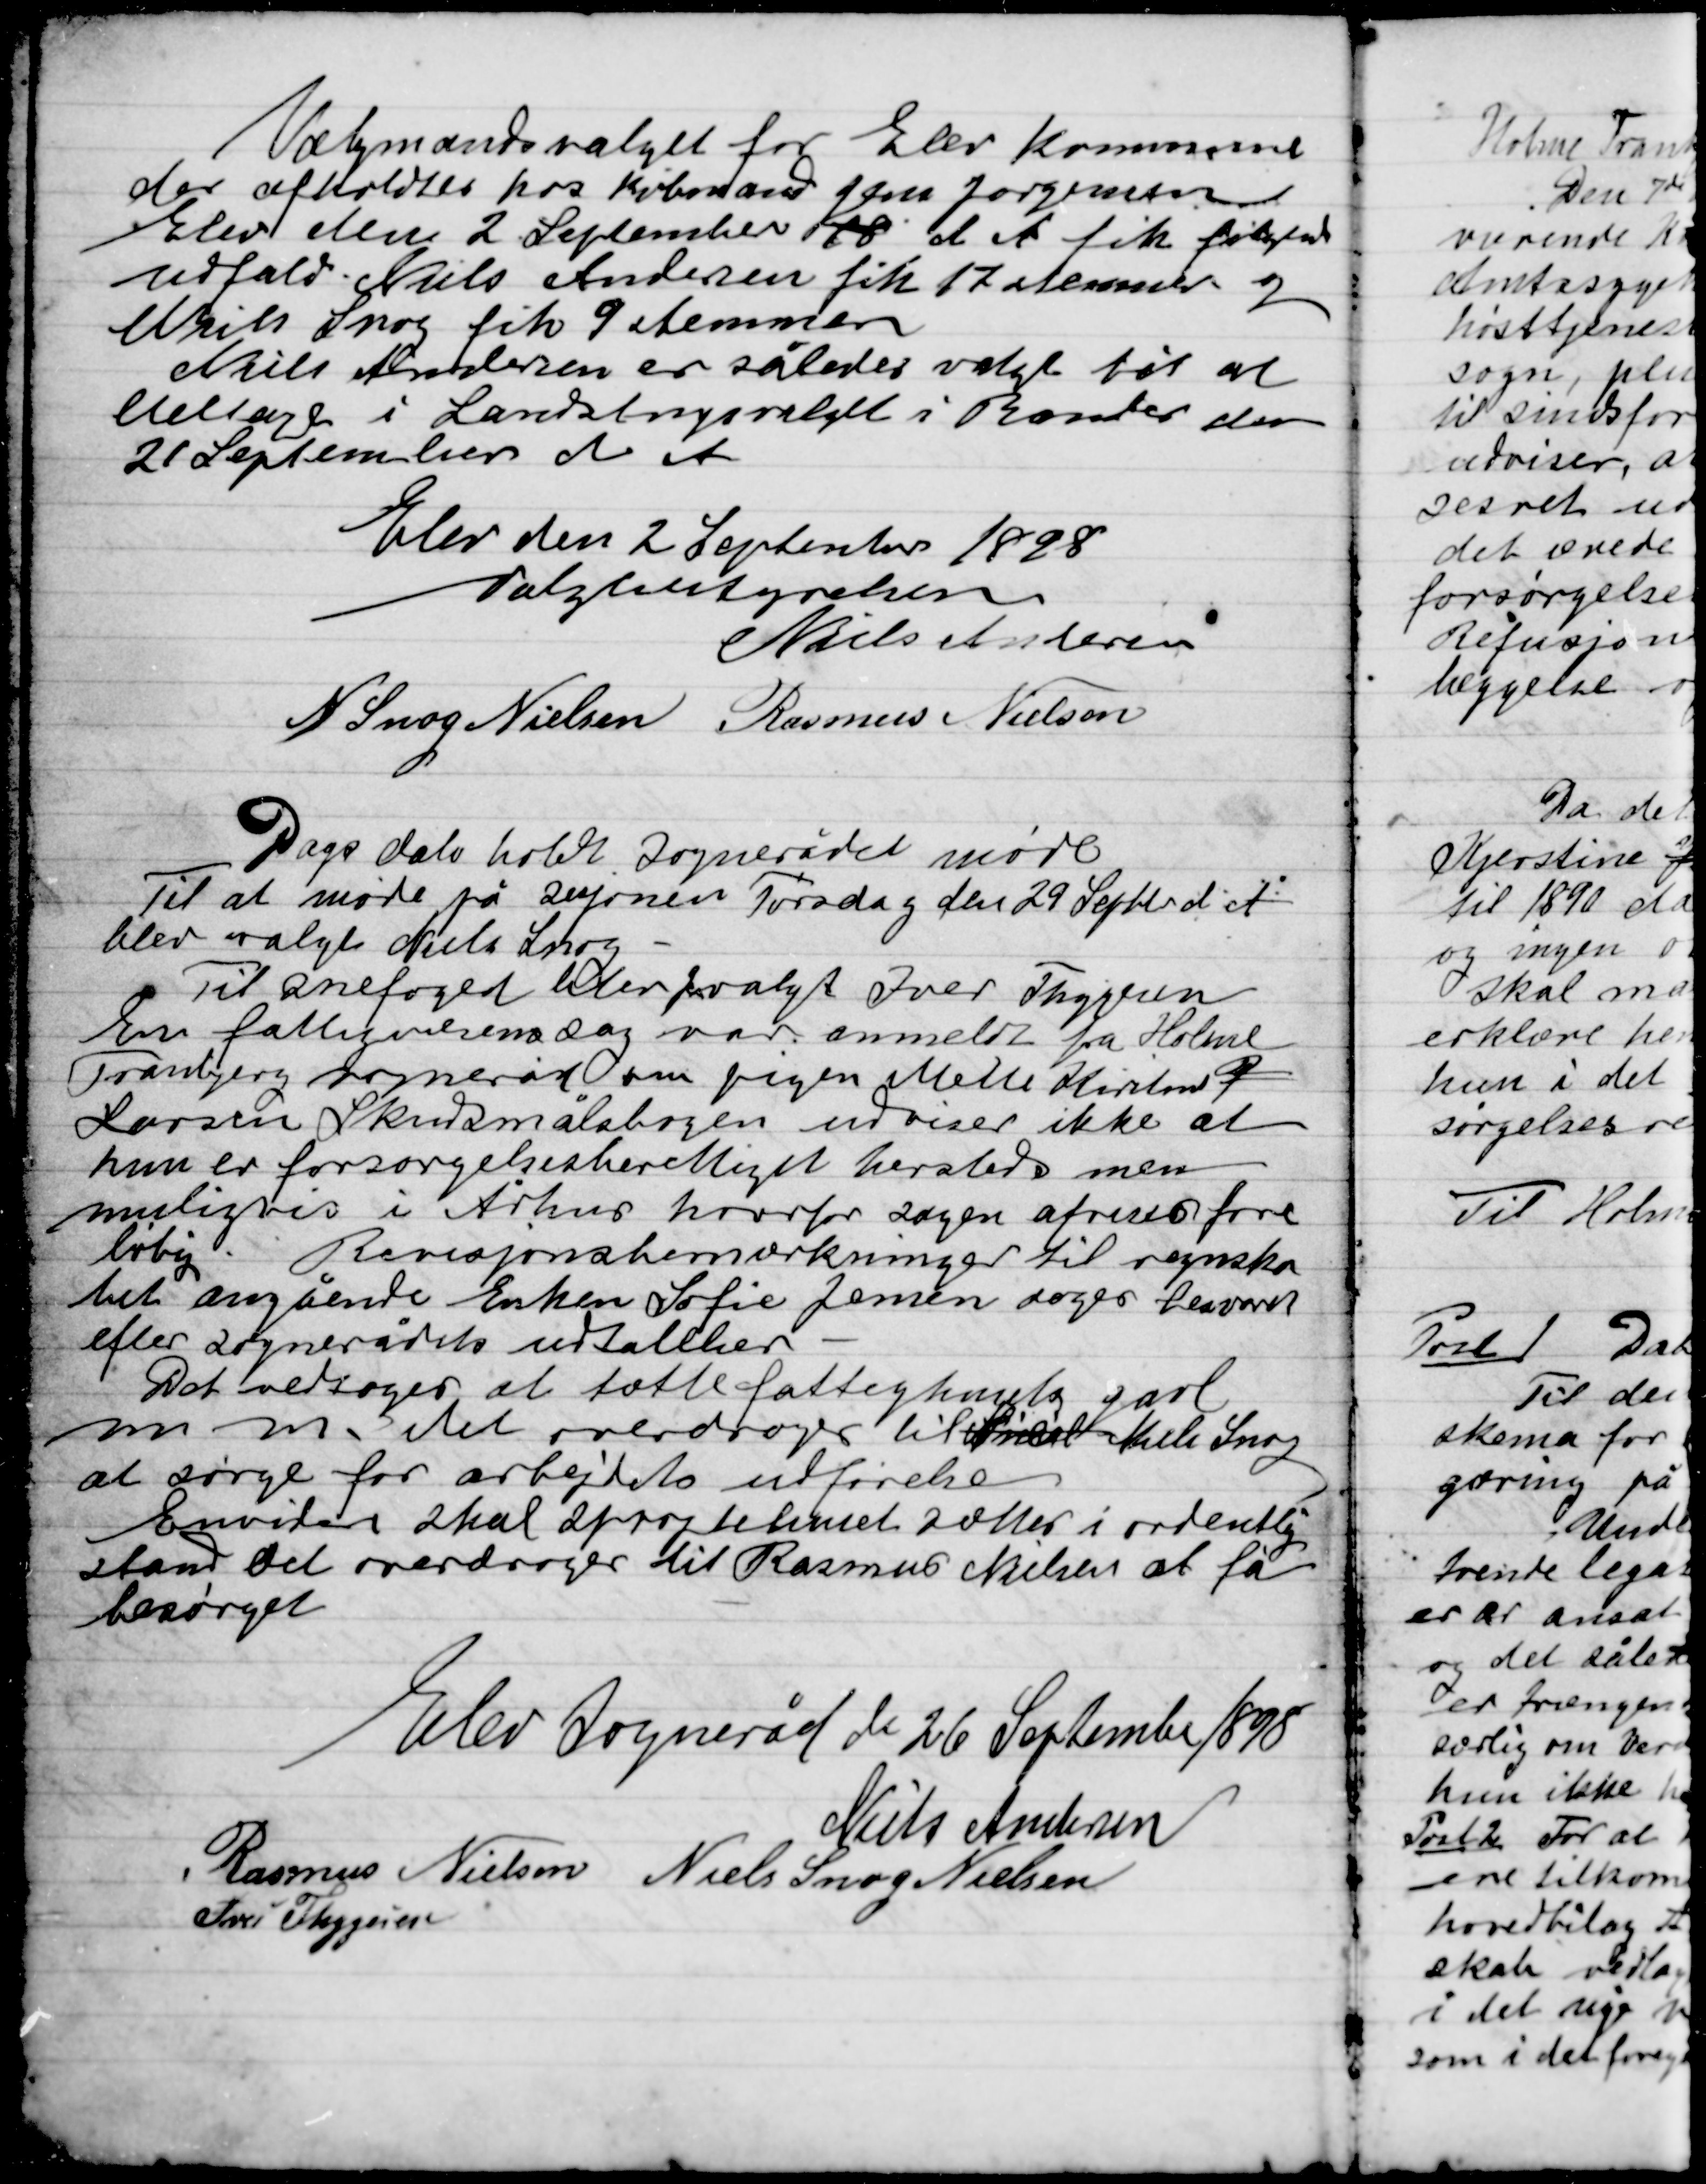
Transskription:
Valgmandsvalget for Elev Kommune
der afholdes hos Købmand Jens Jørgensen
Elev den 2 September 18 d. A. fik følgende
udfald. Niels Andersen fik 17 stemmer og
Niels Snog fik 9 stemmer.
Niels Andersen er således valgt til at
deltage i Landstingsvalget i Randers den
21 September d. A.

Elev den 2 September 1898
Valgbestyrelsen

Niels Andersen
N. Snog  Nielsen
Rasmus Nielsen

Dags dato holdt Sognerådet møde
Til at møde på Sesjonen Torsdag den 29 September d. A.
blev valgt Niels Snog.
Til Snefoged blev valgt Ivar Thygesen
En fattignævns sag var anmeldt fra Holme
Tranbjerg Sogneråd om pigen Mette Kristine P.
Larsen Skudsmålsbogen udviser ikke at
hun er forsørgelsesberettiget hersteds men
muligvis i Århus hvorfor sagen afsendes fore-
løbig. Revisjonsbemærkninger til regnska-
bet angående Enken Sofie Jensen søger hermed
efter Sognerådets udtalelse.
Det vedtoges at tætte fattighusets gavl
m.m. det overdroges til Niels Niels Snog
at sørge for arbejdets udførelse.
Endvidere skal sprøjtehuset sættes i ordentlig
stand Det overdroges til Rasmus Nielsen at få
besørget.

Elev Sogneråd den 26 September 1898

Niels Andersen
Rasmus Nielsen
Niels Snog Nielsen
Ivar Thygesen